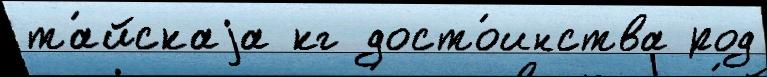
та́йскаjа кг досто́инства род